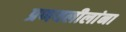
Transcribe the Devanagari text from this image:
प्रणयलीलांना